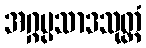
အဂ္ဂပ္ပသာဒသုတ္တံ